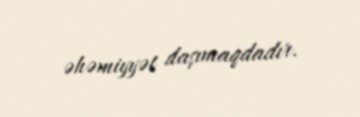
əhəmiyyət daşımaqdadır.